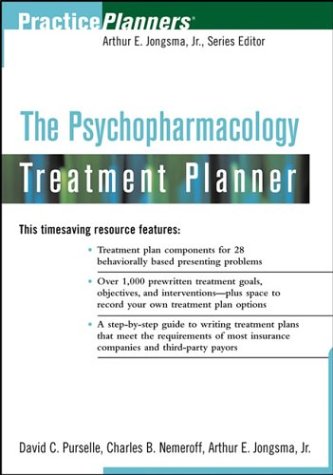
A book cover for The Psychopharmacology Treatment Planner; David C. Purselle; Medical Books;